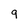
Character: 9